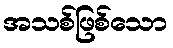
အသစ်ဖြစ်သော